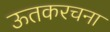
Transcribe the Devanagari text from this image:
ऊतकरचना